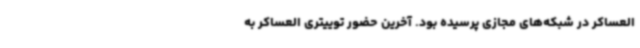
العساکر در شبکه‌های مجازی پرسیده بود. آخرین حضور توییتری العساکر به